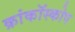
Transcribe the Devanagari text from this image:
क्रांकॉस्कोप